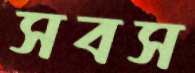
সবস